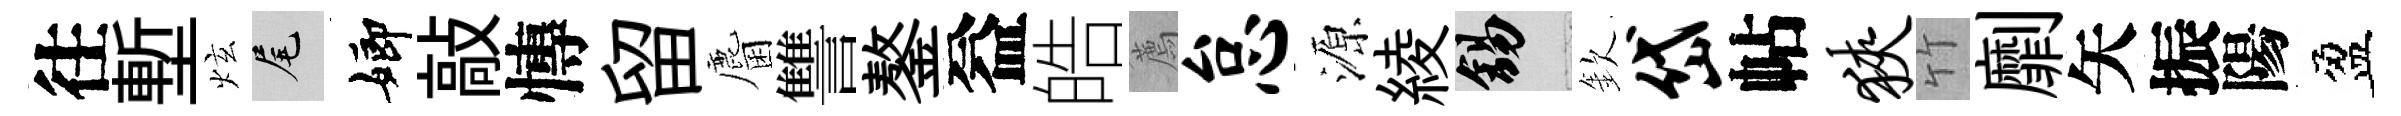
往塹炫尾嫏敲慱留麕讐鏊益皓薦怠源綾錫欽岱帖狭竹劘矢振陽盈